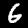
Label: 6